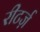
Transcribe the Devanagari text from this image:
रीटर्ज़